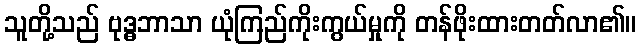
သူတို့သည် ဗုဒ္ဓဘာသာ ယုံကြည်ကိုးကွယ်မှုကို တန်ဖိုးထားတတ်လာ၏။